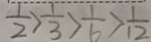
\frac { 1 } { 2 } > \frac { 1 } { 3 } > \frac { 1 } { 6 } > \frac { 1 } { 1 2 }